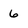
Character: 6